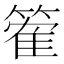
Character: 篧